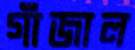
গাঁজাল